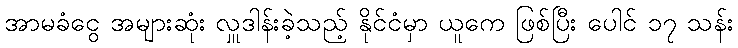
အာမခံငွေ အများဆုံး လှူဒါန်းခဲ့သည့် နိုင်ငံမှာ ယူကေ ဖြစ်ပြီး ပေါင် ၁၇ သန်း